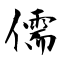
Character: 儒